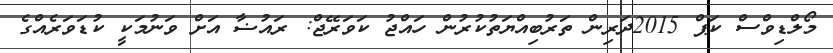
މޯލްޑިވްސް ކަޕް 2015ދަރިން ތަރުބިއްޔަތުކުރުން ހައްޖު ކަަވަރޭޖް: ރައުޟާ އަށް ވަނުމަކީ ކުޑަވަރެއްގެ